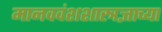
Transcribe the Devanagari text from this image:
मानववंशशास्त्रज्ञाच्या